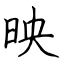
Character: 映